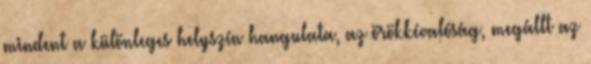
mindent a különleges helyszín hangulata, az örökkévalóság, megállt az